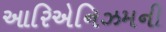
આરિએનિઝમની